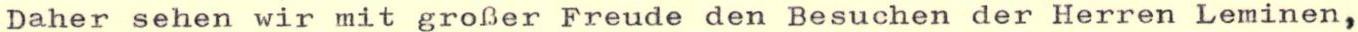
Daher sehen wir mit großer Freude den Besuchen der Herren Leminen,